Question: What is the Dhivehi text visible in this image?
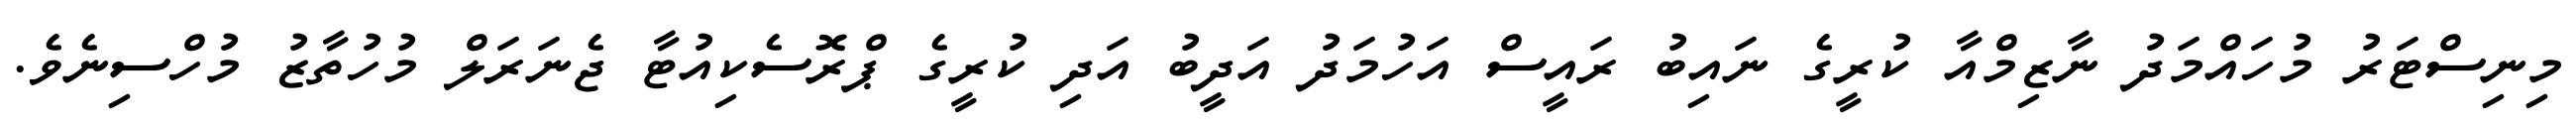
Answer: މިނިސްޓަރު މުހައްމަދު ނާޒިމްއާ ކުރީގެ ނައިބު ރައީސް އަހުމަދު އަދީބު އަދި ކުރީގެ ޕްރޮސެކިއުޓާ ޖެނަރަލް މުހުތާޒު މުހްސިނެވެ.